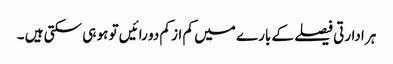
ہر ادارتی فیصلے کے بارے میں کم از کم دو رائیں تو ہو ہی سکتی ہیں ۔